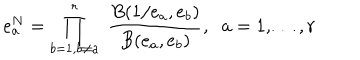
e _ { a } ^ { N } = \prod _ { b = 1 , b \neq a } ^ { r } \; \frac { B ( 1 / e _ { a } , e _ { b } ) } { B ( e _ { a } , e _ { b } ) } , \; \; a = 1 , \ldots , r